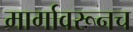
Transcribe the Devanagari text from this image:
मार्गावरूनच